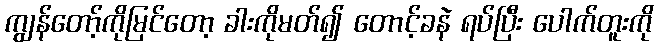
ကျွန်တော့်ကိုမြင်တော့ ခါးကိုမတ်၍ တောင့်ခနဲ ရပ်ပြီး ပေါက်တူးကို